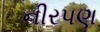
નીરપણ